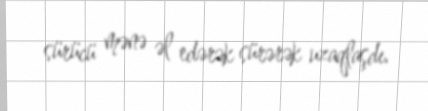
sürücü mənə əl edərək sürərək uzaqlaşdı.